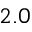
{ 2 . 0 }